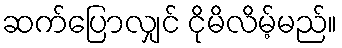
ဆက်ပြောလျှင် ငိုမိလိမ့်မည်။